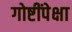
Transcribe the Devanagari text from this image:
गोष्टींपेक्षा